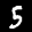
Label: 5